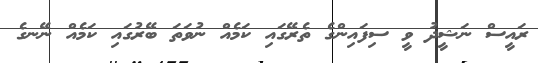
ރައީސް ނަޝީދު ވީ ސިފައިންގެ ތެރޭގައި ކަމެއް ނުވަތަ ބޭރުގައި ކަމެއް ނޭނގެ